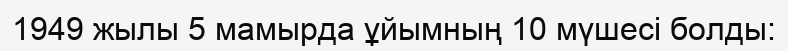
1949 жылы 5 мамырда ұйымның 10 мүшесі болды: